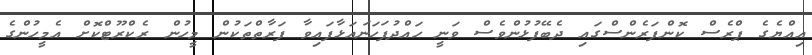
އިއްޔެގެ ޕްރެސް ކޮންފަރެންސްގައި ދެބޭފުޅުންވެސް ވަނީ ހައްދުފަހަނައަޅާފައިވާ ފަރާތްތަކުން މީހުން ރެކްރޫޓްކޮށް އެމީހުންގެ